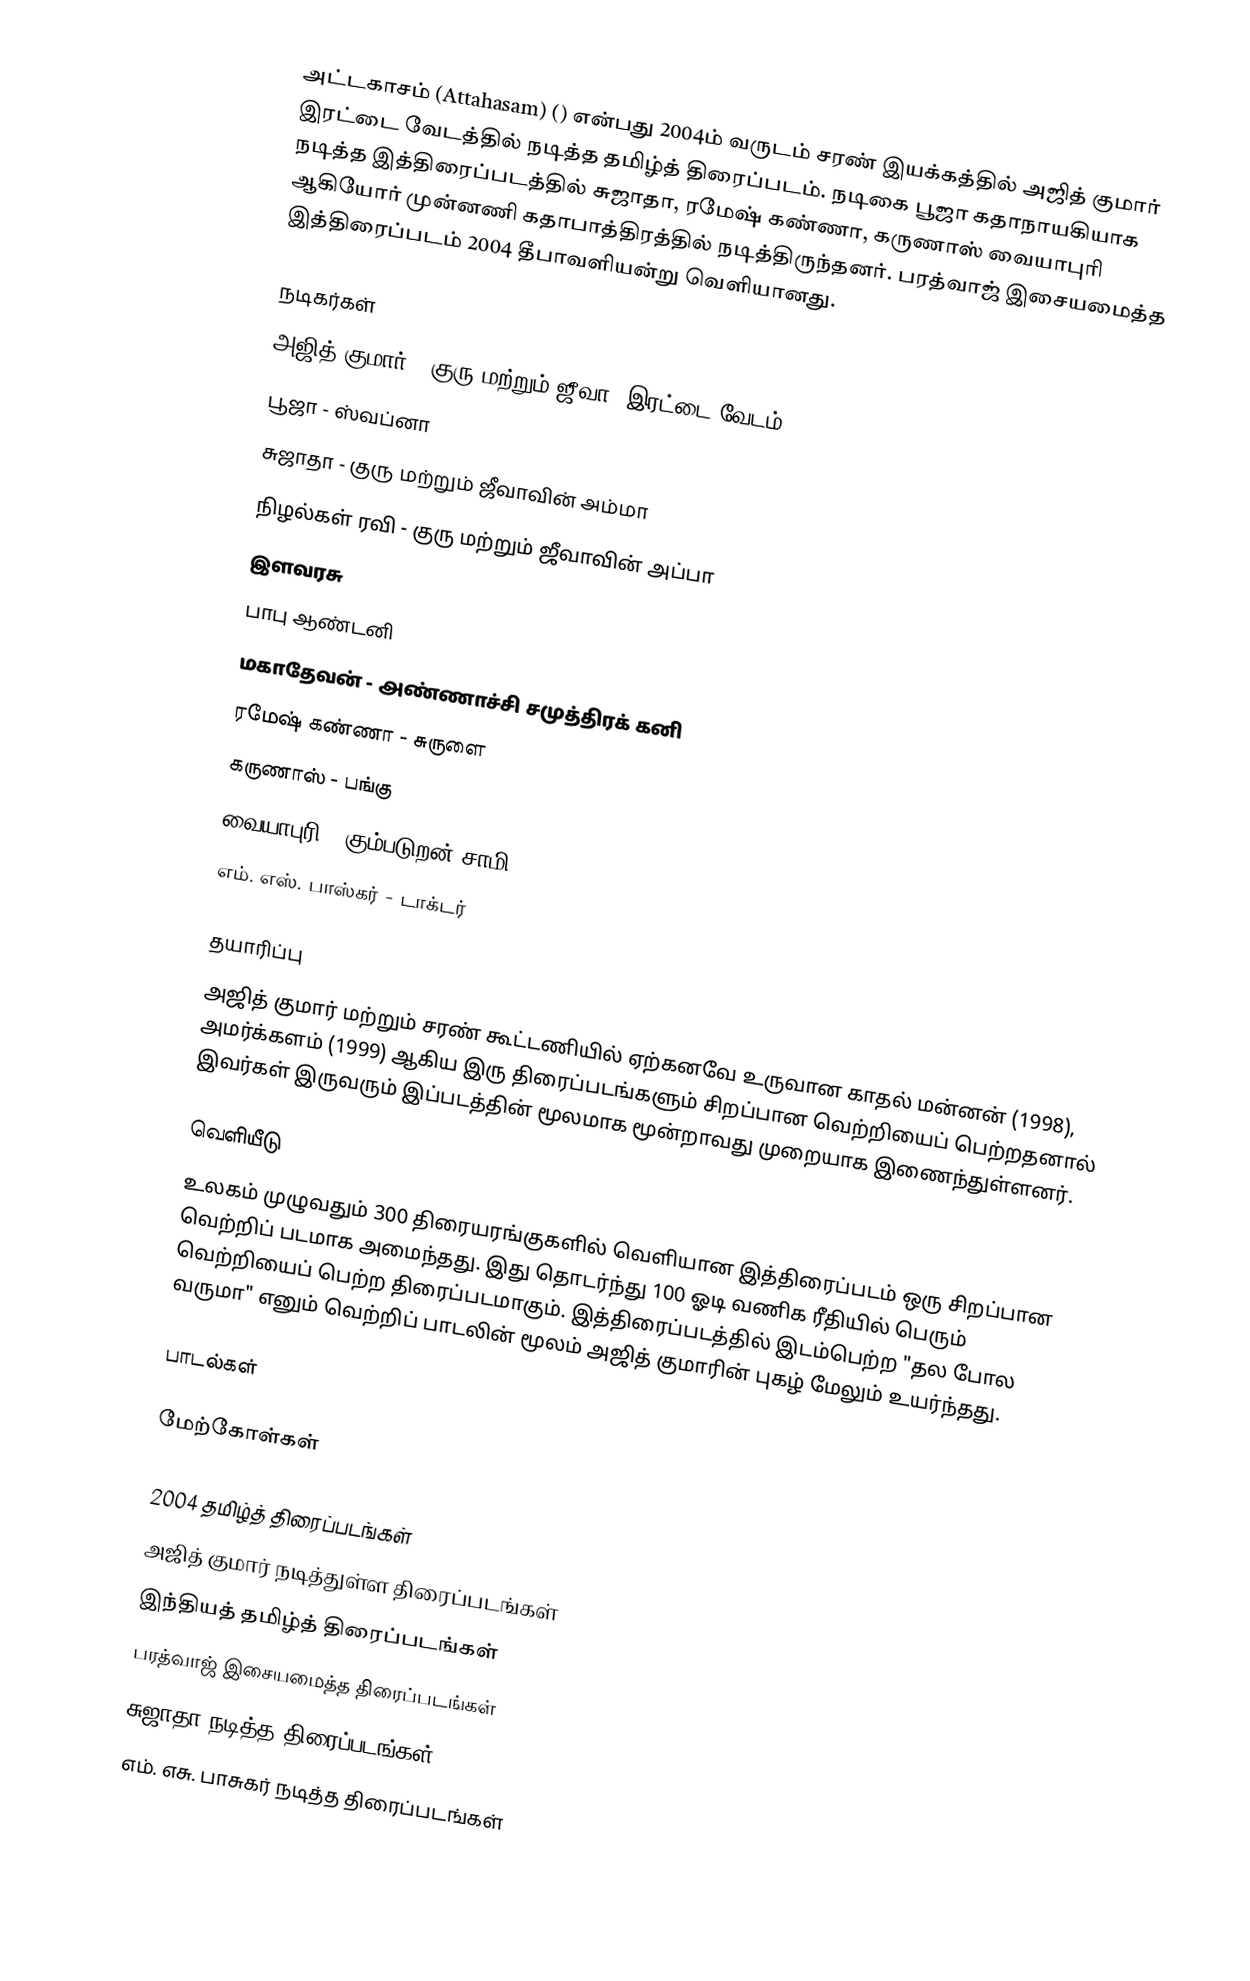
அட்டகாசம் (Attahasam) () என்பது 2004ம் வருடம் சரண் இயக்கத்தில் அஜித் குமார் இரட்டை வேடத்தில் நடித்த தமிழ்த் திரைப்படம். நடிகை பூஜா கதாநாயகியாக நடித்த இத்திரைப்படத்தில் சுஜாதா, ரமேஷ் கண்ணா, கருணாஸ் வையாபுரி ஆகியோர் முன்னணி கதாபாத்திரத்தில் நடித்திருந்தனர். பரத்வாஜ் இசையமைத்த இத்திரைப்படம் 2004 தீபாவளியன்று வெளியானது.

நடிகர்கள்
 அஜித் குமார் - குரு மற்றும் ஜீவா (இரட்டை வேடம்)
 பூஜா - ஸ்வப்னா
 சுஜாதா - குரு மற்றும் ஜீவாவின் அம்மா
 நிழல்கள் ரவி - குரு மற்றும் ஜீவாவின் அப்பா
 இளவரசு
 பாபு ஆண்டனி
 மகாதேவன் - அண்ணாச்சி சமுத்திரக் கனி
 ரமேஷ் கண்ணா - சுருளை
 கருணாஸ் - பங்கு
 வையாபுரி - கும்படுறன் சாமி
 எம். எஸ். பாஸ்கர் - டாக்டர்

தயாரிப்பு
அஜித் குமார் மற்றும் சரண் கூட்டணியில் ஏற்கனவே உருவான காதல் மன்னன் (1998), அமர்க்களம் (1999) ஆகிய இரு திரைப்படங்களும் சிறப்பான வெற்றியைப் பெற்றதனால் இவர்கள் இருவரும் இப்படத்தின் மூலமாக மூன்றாவது முறையாக இணைந்துள்ளனர்.

வெளியீடு
உலகம் முழுவதும் 300 திரையரங்குகளில் வெளியான இத்திரைப்படம் ஒரு சிறப்பான வெற்றிப் படமாக அமைந்தது. இது தொடர்ந்து 100 ஓடி வணிக ரீதியில் பெரும் வெற்றியைப் பெற்ற திரைப்படமாகும். இத்திரைப்படத்தில் இடம்பெற்ற "தல போல வருமா" எனும் வெற்றிப் பாடலின் மூலம் அஜித் குமாரின் புகழ் மேலும் உயர்ந்தது.

பாடல்கள்

மேற்கோள்கள்

2004 தமிழ்த் திரைப்படங்கள்
அஜித் குமார் நடித்துள்ள திரைப்படங்கள்
இந்தியத் தமிழ்த் திரைப்படங்கள்
பரத்வாஜ் இசையமைத்த திரைப்படங்கள்
சுஜாதா நடித்த திரைப்படங்கள்
எம். எசு. பாசுகர் நடித்த திரைப்படங்கள்